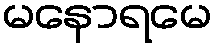
မနောရမေ